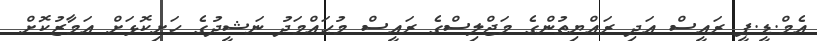
އެމް.ޑީ.ޕީ ރައީސް އަދި ރައްޔިތުންގެ މަޖްލިސްގެ ރައީސް މުޙައްމަދު ނަޝީދުގެ ހަށިކޮޅަށް އަމާޒުކޮށް